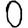
Digit: 0